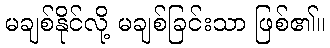
မချစ်နိုင်လို့ မချစ်ခြင်းသာ ဖြစ်၏။